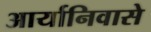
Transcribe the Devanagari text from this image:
आर्यानिवासे